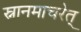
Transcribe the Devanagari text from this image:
स्नानमाचरेत्